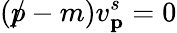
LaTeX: (p\! \! \! /-m)v_{\textbf{p}}^{s}=0